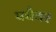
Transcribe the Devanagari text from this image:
पचैयर